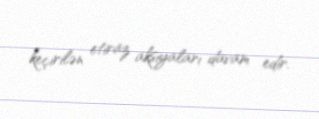
keçirilən etiraz aksiyaları davam edir.